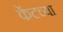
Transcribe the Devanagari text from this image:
केंटच्या